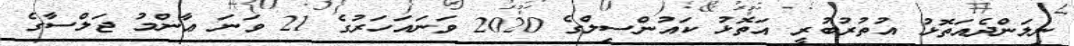
ނިލަންދެއަތޮޅު އުތުރުބުރީ އަތޮޅު ކައުންސިލްގެ 2020 ވަނައަހަރުގެ 21 ވަނަ ޢާންމު ޖަލްސާގެ